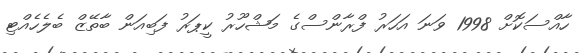
ހާއްސަކޮށް 1998 ވަނަ އަހަރު ފްރާންސްގެ މަޝްހޫރު ކީޕަރު ފަބިއަން ބާތޭޒް ބެލެހެއްޓި